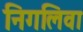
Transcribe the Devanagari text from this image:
निगलिवा